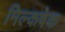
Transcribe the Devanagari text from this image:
मिल्कषेक